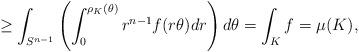
LaTeX: \begin{align*}\ge \int_{S^{n-1}} \left(\int_0^{\rho_K(\theta)} r^{n-1} f(r\theta) dr\right)d\theta = \int_K f= \mu(K),\end{align*}